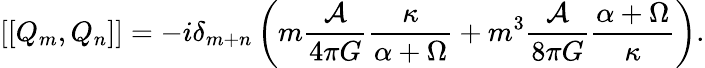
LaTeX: \left[\left[Q_{m},Q_{n}\right]\right]=-i\delta_{m+n}\left(m\frac{{\cal A}}{4\pi G}\frac{\kappa}{\alpha+\Omega}+m^{3}\frac{{\cal A}}{8\pi G}\frac{\alpha+\Omega}{\kappa}\right).